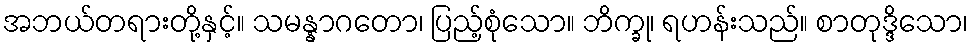
အဘယ်တရားတို့နှင့်။ သမန္နာဂတော၊ ပြည့်စုံသော။ ဘိက္ခု၊ ရဟန်းသည်။ စာတုဒ္ဒိသော၊